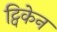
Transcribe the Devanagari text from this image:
ट्विकेन